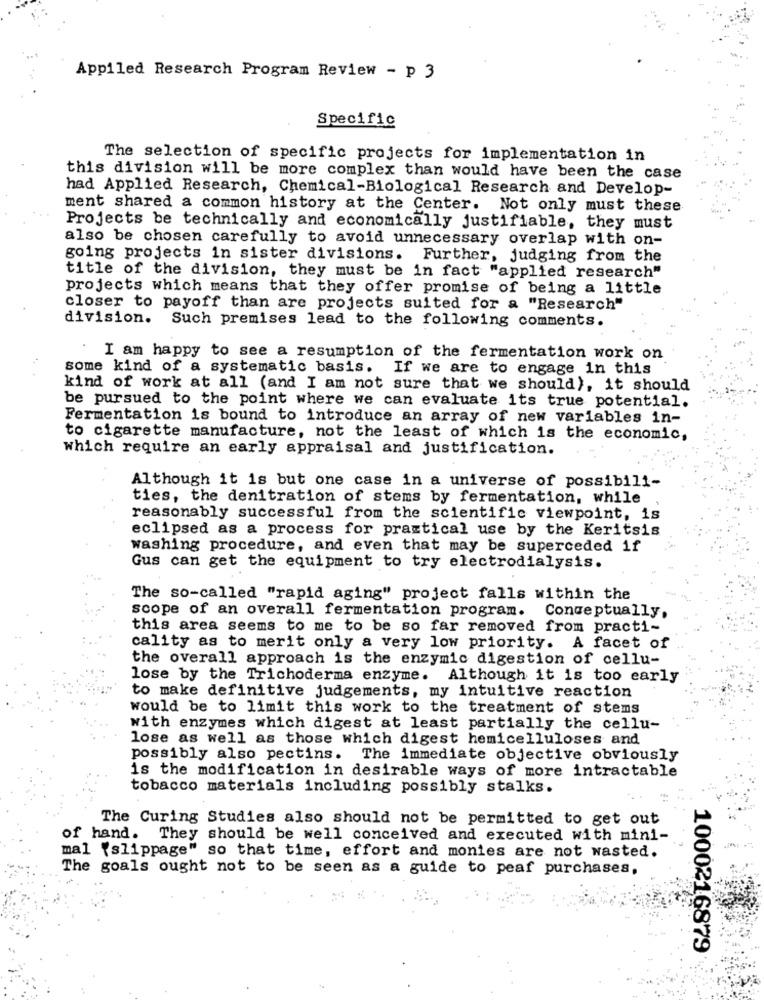
Appiled Research Program Review - p 3
Specific
The selection of specific projects for implementation in
this division will be more complex than would have been the case
had Applied Research, Chemical-Biological Research and Develop-
ment shared a common history at the Center. Not only must these
Projects be technically and economically justifiable, they must
also be chosen carefully to avoid unnecessary overlap with on-
going projects in sister divisions. Further, judging from the
title of the division, they must be in fact "applied research"
projects which means that they offer promise of being a little
closer to payoff than are projects suited for a "Research"
division. Such premises lead to the following comments.
I am happy to see a resumption of the fermentation work on
some kind of a systematic basis. If we are to engage in this
kind of work at all (and I am not sure that we should), it should
be pursued to the point where we can evaluate its true potential.
Fermentation is bound to introduce an array of new variables in-
to cigarette manufacture, not the least of which is the economic,
Which require an early appraisal and justification.
Although it is but one case in a universe of possibili-
ties, the denitration of stems by fermentation, while
reasonably successful from the scientific viewpoint, is
eclipsed as a process for practical use by the Keritsis
washing procedure, and even that may be superceded if
Gus can get the equipment to try electrodialysis.
The so-called "rapid aging" project falls within the
scope of an overall fermentation program. Conceptually,
this area seems to me to be so far removed from practi-
cality as to merit only a very low priority. A facet of
the overall approach is the enzymic digestion of cellu-
lose by the Trichoderma enzyme. Although it is too early
to make definitive judgements, my intuitive reaction
would be to limit this work to the treatment of stems
with enzymes which digest at least partially the cellu-
lose as well as those which digest hemicelluloses and
possibly also pectins.
The immediate objective obviously
is the modification in desirable ways of more intractable
tobacco materials including possibly stalks.
The Curing Studies also should not be permitted to get out
of hand. They should be well conceived and executed with mini-
mal {slippage" so that time, effort and monies are not wasted.
The goals ought not to be seen as a guide to peaf purchases,
1000216879